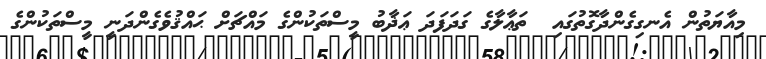
މިއާޔަތުން އެނގިގެންދާގޮތުގައި  ތަޢާލާގެ ގަދަފަދަ ޢަޛާބު މީސްތަކުންގެ މައްޗަށް ޙައްޤުވެގެންދަނީ މީސްތަކުންގެ